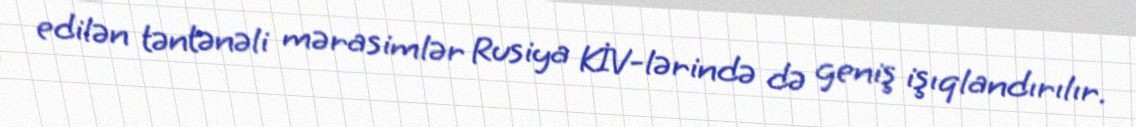
edilən təntənəli mərasimlər Rusiya KİV-lərində də geniş işıqlandırılır.